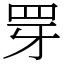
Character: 䍓